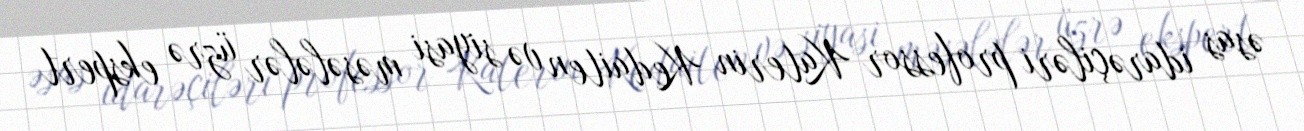
əsas idarəçiləri professor Katerin Kedaiten və siyasi məsələlər üzrə ekspert